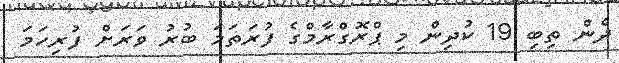
ދެން ތިބި 19 ކުދިން މި ޕްރޮގްރާމްގެ ފުރަތަމަ ބުރު ވަރަށް ފުރިހަމަ